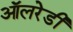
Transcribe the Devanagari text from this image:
ऑलरेडी